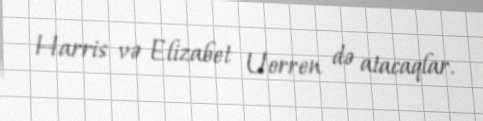
Harris və Elizabet Uorren də atacaqlar.